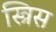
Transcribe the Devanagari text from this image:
स्त्रिस